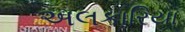
અલકારિયા